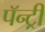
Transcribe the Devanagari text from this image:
पॅन्ट्री